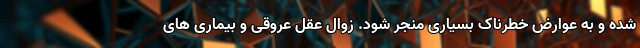
شده و به عوارض خطرناک بسیاری منجر شود. زوال عقل عروقی و بیماری های